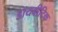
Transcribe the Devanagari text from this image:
डायबीटिक